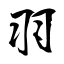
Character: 羽